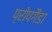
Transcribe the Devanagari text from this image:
प्रोपगैंडा